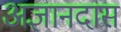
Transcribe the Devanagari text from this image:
अज्ञानदास